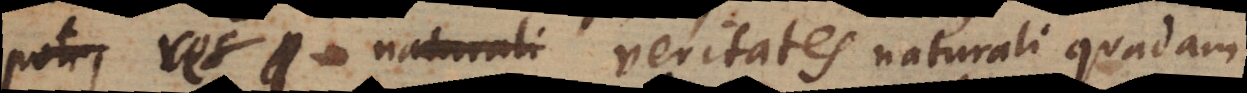
pote, res naturali veritates naturali quadam